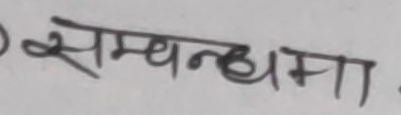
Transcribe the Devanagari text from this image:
सम्बन्धमा